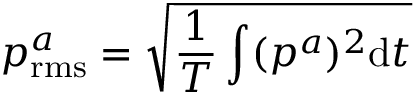
p _ { \mathrm { r m s } } ^ { a } = \sqrt { \frac { 1 } { T } \int ( p ^ { a } ) ^ { 2 } \mathrm { d } t }